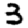
Digit: 3